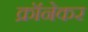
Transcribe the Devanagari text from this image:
क्रॉनेकर